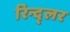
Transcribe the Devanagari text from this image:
रिन्द्लर